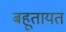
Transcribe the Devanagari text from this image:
बहूतायत